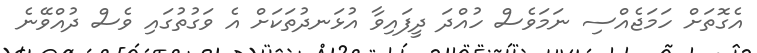
އެގޮތަށް ހަމަޖެއްސި ނަމަވެސް ހުއްދަ ދީފައިވާ އުޅަނދުތަކަށް އެ ވަގުތުގައި ވެސް ދުއްވޭނެ